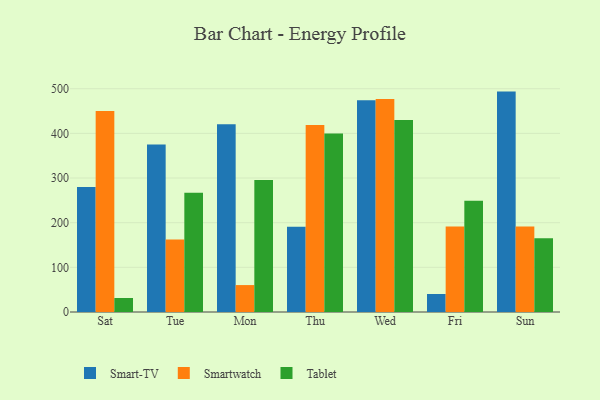
{"axis": {"x": "Day", "y": "Temperature (°C)"}, "legend": ["Smart-TV", "Smartwatch", "Tablet"], "data": [{"x": "Sat", "y": 279.7, "type": "Smart-TV"}, {"x": "Sat", "y": 450.0, "type": "Smartwatch"}, {"x": "Sat", "y": 31.3, "type": "Tablet"}, {"x": "Tue", "y": 375.1, "type": "Smart-TV"}, {"x": "Tue", "y": 162.3, "type": "Smartwatch"}, {"x": "Tue", "y": 267.2, "type": "Tablet"}, {"x": "Mon", "y": 420.2, "type": "Smart-TV"}, {"x": "Mon", "y": 60.3, "type": "Smartwatch"}, {"x": "Mon", "y": 295.7, "type": "Tablet"}, {"x": "Thu", "y": 191.0, "type": "Smart-TV"}, {"x": "Thu", "y": 418.7, "type": "Smartwatch"}, {"x": "Thu", "y": 399.5, "type": "Tablet"}, {"x": "Wed", "y": 474.4, "type": "Smart-TV"}, {"x": "Wed", "y": 476.9, "type": "Smartwatch"}, {"x": "Wed", "y": 429.7, "type": "Tablet"}, {"x": "Fri", "y": 40.3, "type": "Smart-TV"}, {"x": "Fri", "y": 191.2, "type": "Smartwatch"}, {"x": "Fri", "y": 249.0, "type": "Tablet"}, {"x": "Sun", "y": 493.5, "type": "Smart-TV"}, {"x": "Sun", "y": 191.6, "type": "Smartwatch"}, {"x": "Sun", "y": 165.4, "type": "Tablet"}]}